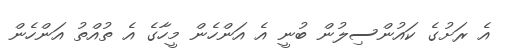
އެ ރަށުގެ ކައުންސިލުން ބުނީ އެ އަންހެން މީހާގެ އެ ތުއްތު އަންހެން